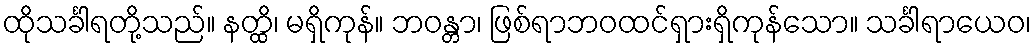
ထိုသင်္ခါရတို့သည်။ နတ္ထိ၊ မရှိကုန်။ ဘဝန္တာ၊ ဖြစ်ရာဘဝထင်ရှားရှိကုန်သော။ သင်္ခါရာယေဝ၊